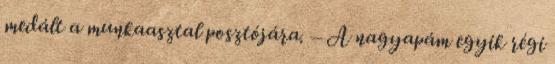
medált a munkaasztal posztójára. – A nagyapám egyik régi